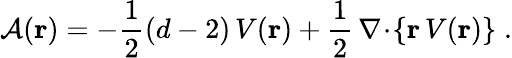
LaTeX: {\mathcal A}({\mathbf r})=-\frac{1}{2}(d-2)\, V({\mathbf r})+\frac{1}{2}\, {\mathbf\nabla}\! \cdot\! \left\{ {\mathbf r}\, V({\mathbf r})\right\} \; .